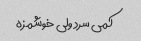
کمی سرد ولی خوشمزه